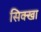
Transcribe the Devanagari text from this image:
सिक्खा